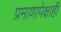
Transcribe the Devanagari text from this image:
प्रमाणापेक्षाही